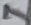
Text: 7